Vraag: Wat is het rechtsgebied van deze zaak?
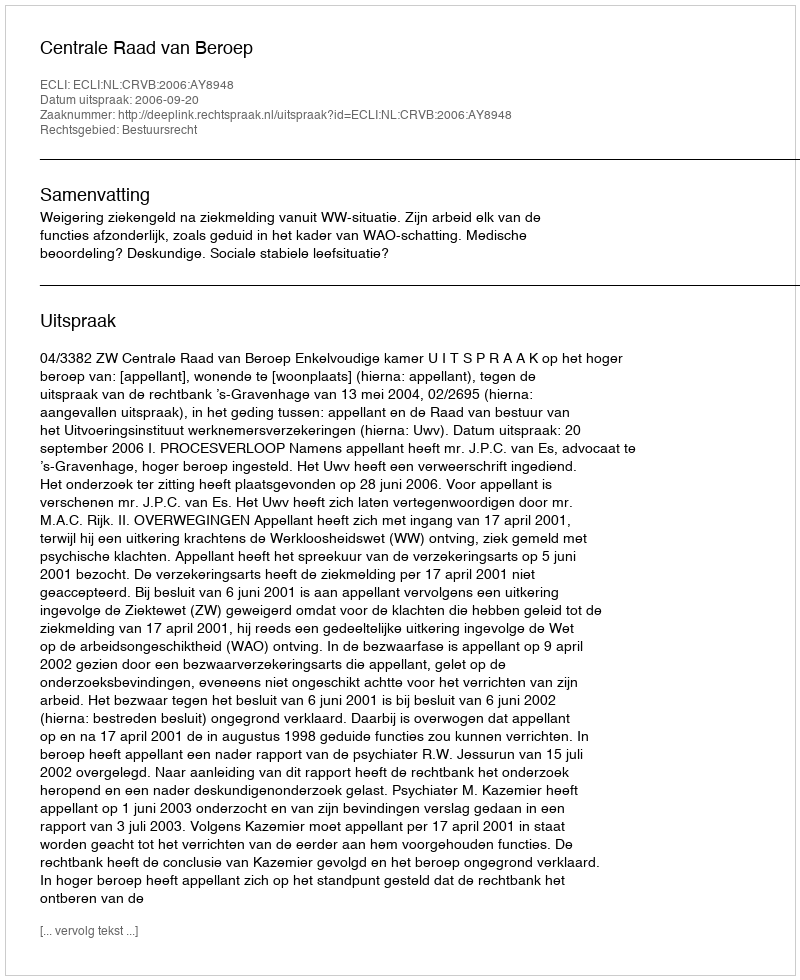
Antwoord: Bestuursrecht